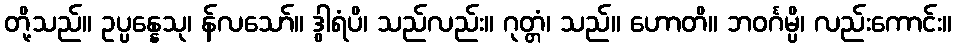
တို့သည်။ ဥပ္ပန္နေသု၊ န်လသော်။ ဒွါရံပိ၊ သည်လည်း။ ဂုတ္တံ၊ သည်။ ဟောတိ။ ဘဝင်္ဂမ္ပိ၊ လည်းကောင်း။